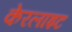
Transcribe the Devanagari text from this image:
केरलाइट